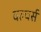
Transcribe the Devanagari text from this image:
वल्चर्स